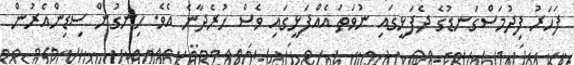
ފަހަރު ފިދުމަސްގަނޑުގެ ދެފަޅީގައި ނުވަތަ އެއްފަޅީގައި ވެސް ހުރެދާނެ އެވެ. ހިނގުން ސިޑިންއެރުން